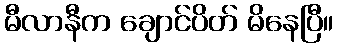
မီလာနီက ချောင်ပိတ် မိနေပြီ။